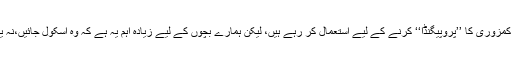
ان کاکہنا تھا کہ اس میں کوئی شک نہیں کہ طالبان اس معاہدے کو حکومت کی کمزوری کا ’’پروپیگنڈا‘‘ کرنے کے لیے استعمال کر رہے ہیں، لیکن ہمارے بچوں کے لیے زیادہ اہم یہ ہے کہ وہ اسکول جائیں،نہ یہ کہ ان کے لیے کوئی اسکول ہی نہ ہو اور طالبان کے ساتھ ملتے چلے جائیں‘‘۔